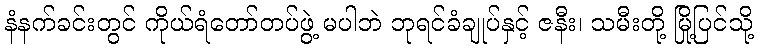
နံနက်ခင်းတွင် ကိုယ်ရံတော်တပ်ဖွဲ့ မပါဘဲ ဘုရင်ခံချုပ်နှင့် ဇနီး၊ သမီးတို့ မြို့ပြင်သို့